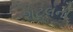
શટલની